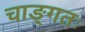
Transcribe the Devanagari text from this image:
चाङ्गतः